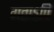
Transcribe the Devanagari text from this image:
गताऽपि